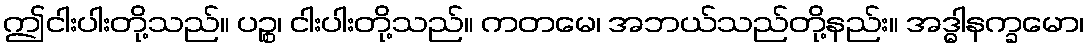
ဤငါးပါးတို့သည်။ ပဉ္စ၊ ငါးပါးတို့သည်။ ကတမေ၊ အဘယ်သည်တို့နည်း။ အဒ္ဓါနက္ခမော၊